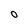
Character: o